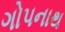
ગોપનાથ